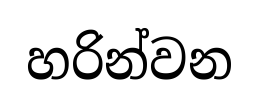
හරින්වන